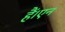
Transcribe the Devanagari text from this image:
हैं।एन